Document type: Sale
Year: 1423
Scribe: Joan Franc
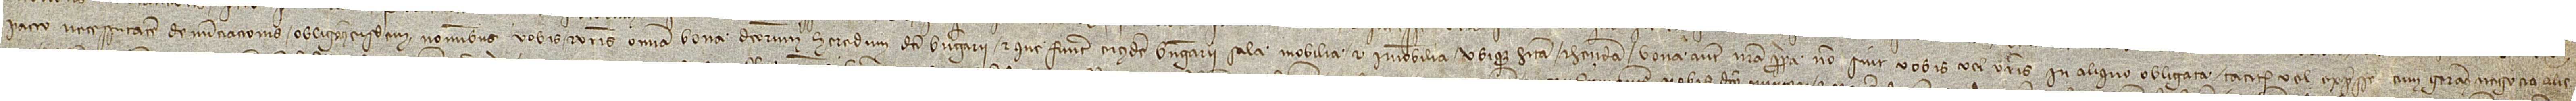
pacto necessitatem denunciacionis obligamus eisdem nominibus vobis et vestris omnia bona dictorum heredum dicti Berengarii et que fuerunt eiusdem Berengarii Sala, mobilia et immobilia, ubique habita et habenda, bona autem nostra propria non sint vobis vel vestris in aliquo obligata taciter vel expresse, cum geramus negocia alie-